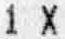
1 X